Problem: 12 × 11 = ?
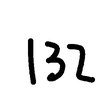
Handwritten answer: 132